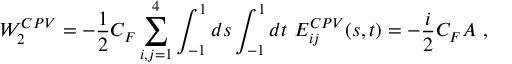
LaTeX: { \cal W } _ { 2 } ^ { C P V } = - { \frac { 1 } { 2 } } C _ { F } \sum _ { i , j = 1 } ^ { 4 } \int _ { - 1 } ^ { 1 } d s \int _ { - 1 } ^ { 1 } d t \ E _ { i j } ^ { C P V } ( s , t ) = - { \frac { i } { 2 } } C _ { F } A \ ,